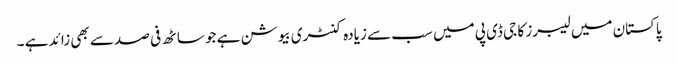
پاکستان میں لیبرز کا جی ڈی پی میں سب سے زیادہ کنٹری بیوشن ہے جو ساٹھ فی صد سے بھی زائد ہے ۔